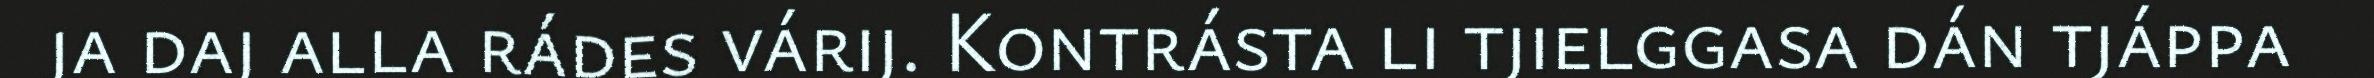
ja daj alla rádes várij. Kontrásta li tjielggasa dán tjáppa